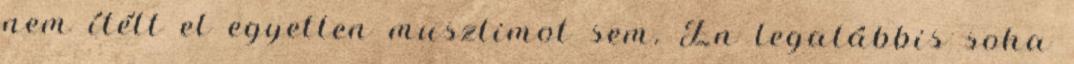
nem ítélt el egyetlen muszlimot sem. Én legalábbis soha